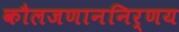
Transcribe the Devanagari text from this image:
कौलजणाननिर्णय